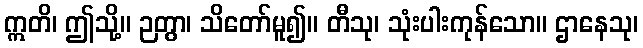
ဣတိ၊ ဤသို့။ ဉတွာ၊ သိတော်မူ၍။ တီသု၊ သုံးပါးကုန်သော။ ဌာနေသု၊